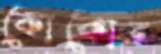
কোকোর